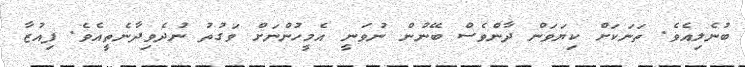
ބުނެލިއެވެ. ތަނަކަށް ކިޔަވަން ދާންވެސް ބޭނުން ނުވަނީ އެމީހުންނަށް ވަގުތު ނުދެވިދާނެތީއެވެ. ފިއުޒާ